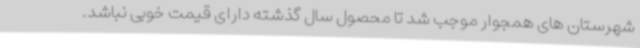
شهرستان های همجوار موجب شد تا محصول سال گذشته دارای قیمت خوبی نباشد.